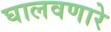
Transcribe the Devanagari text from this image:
घालवणारे